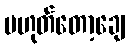
မဟုတ်တော့ချေ